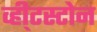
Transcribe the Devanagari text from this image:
व्ही्टस्टोन